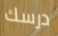
درسك